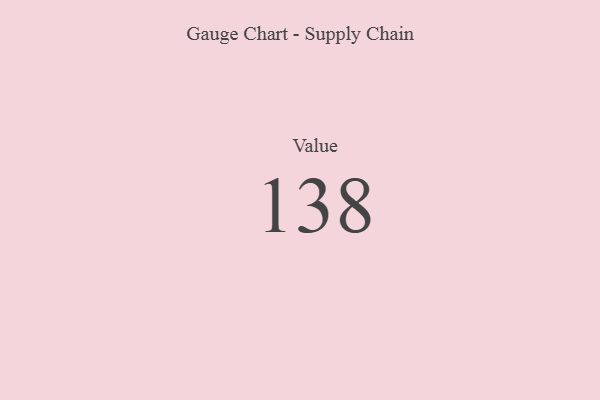
{"axis": {"x": "Metric", "y": "Value"}, "legend": [""], "data": [{"x": "Value", "y": 138, "type": ""}]}